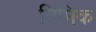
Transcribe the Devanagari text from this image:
निमिक